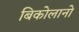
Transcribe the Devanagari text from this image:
बिकोलानो